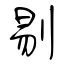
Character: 剔